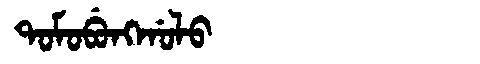
Manchu: ᡨᠣᠮᠣᠪᡠᠩᡤᠣᠯᠣ
Romanization: TOMOBUNGGOLO